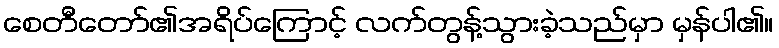
စေတီတော်၏အရိပ်ကြောင့် လက်တွန့်သွားခဲ့သည်မှာ မှန်ပါ၏။